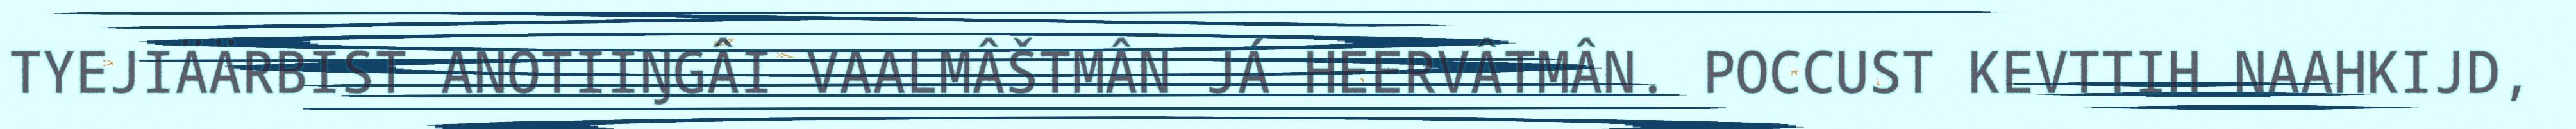
TYEJIÄÄRBIST ANOTIIŊGÂI VAALMÂŠTMÂN JÁ HEERVÂTMÂN. POCCUST KEVTTIH NAAHKIJD,